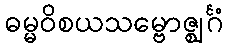
ဓမ္မဝိစယသမ္ဗောဇ္ဈင်္ဂံ